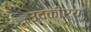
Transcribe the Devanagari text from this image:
उदकीर्य